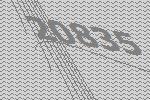
20835